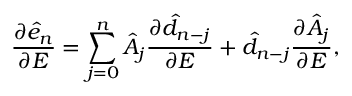
\frac { \partial \hat { e } _ { n } } { \partial E } = \sum _ { j = 0 } ^ { n } \hat { A } _ { j } \frac { \partial \hat { d } _ { n - j } } { \partial E } + \hat { d } _ { n - j } \frac { \partial \hat { A } _ { j } } { \partial E } ,